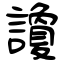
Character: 讂